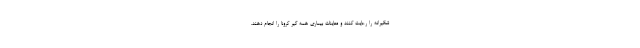
شگیرانه را رعایت کنند و معاینات بیماری همه گیر کرونا را انجام دهند.